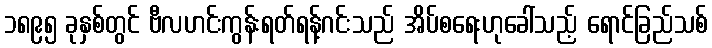
၁၈၉၅ ခုနှစ်တွင် ဗီလဟင်းကွန်းရတ်ရန့်ဂင်းသည် အိပ်စရေးဟုခေါ်သည့် ရောင်ခြည်သစ်